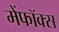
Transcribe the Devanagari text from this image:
मेंफॉक्स